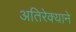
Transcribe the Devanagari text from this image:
अतिरेक्याने